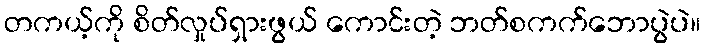
တကယ့်ကို စိတ်လှုပ်ရှားဖွယ် ကောင်းတဲ့ ဘတ်စကက်ဘောပွဲပဲ။